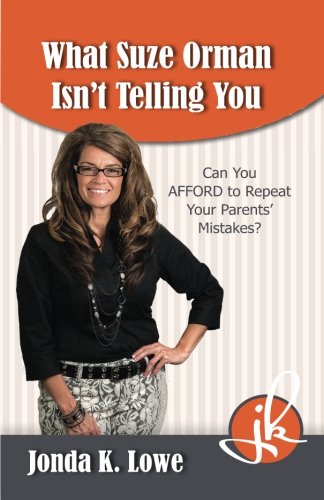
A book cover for What Suze Orman Isn't Telling You: Can You AFFORD to Repeat Your Parents' Mistakes?; Jonda K Lowe; Business & Money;